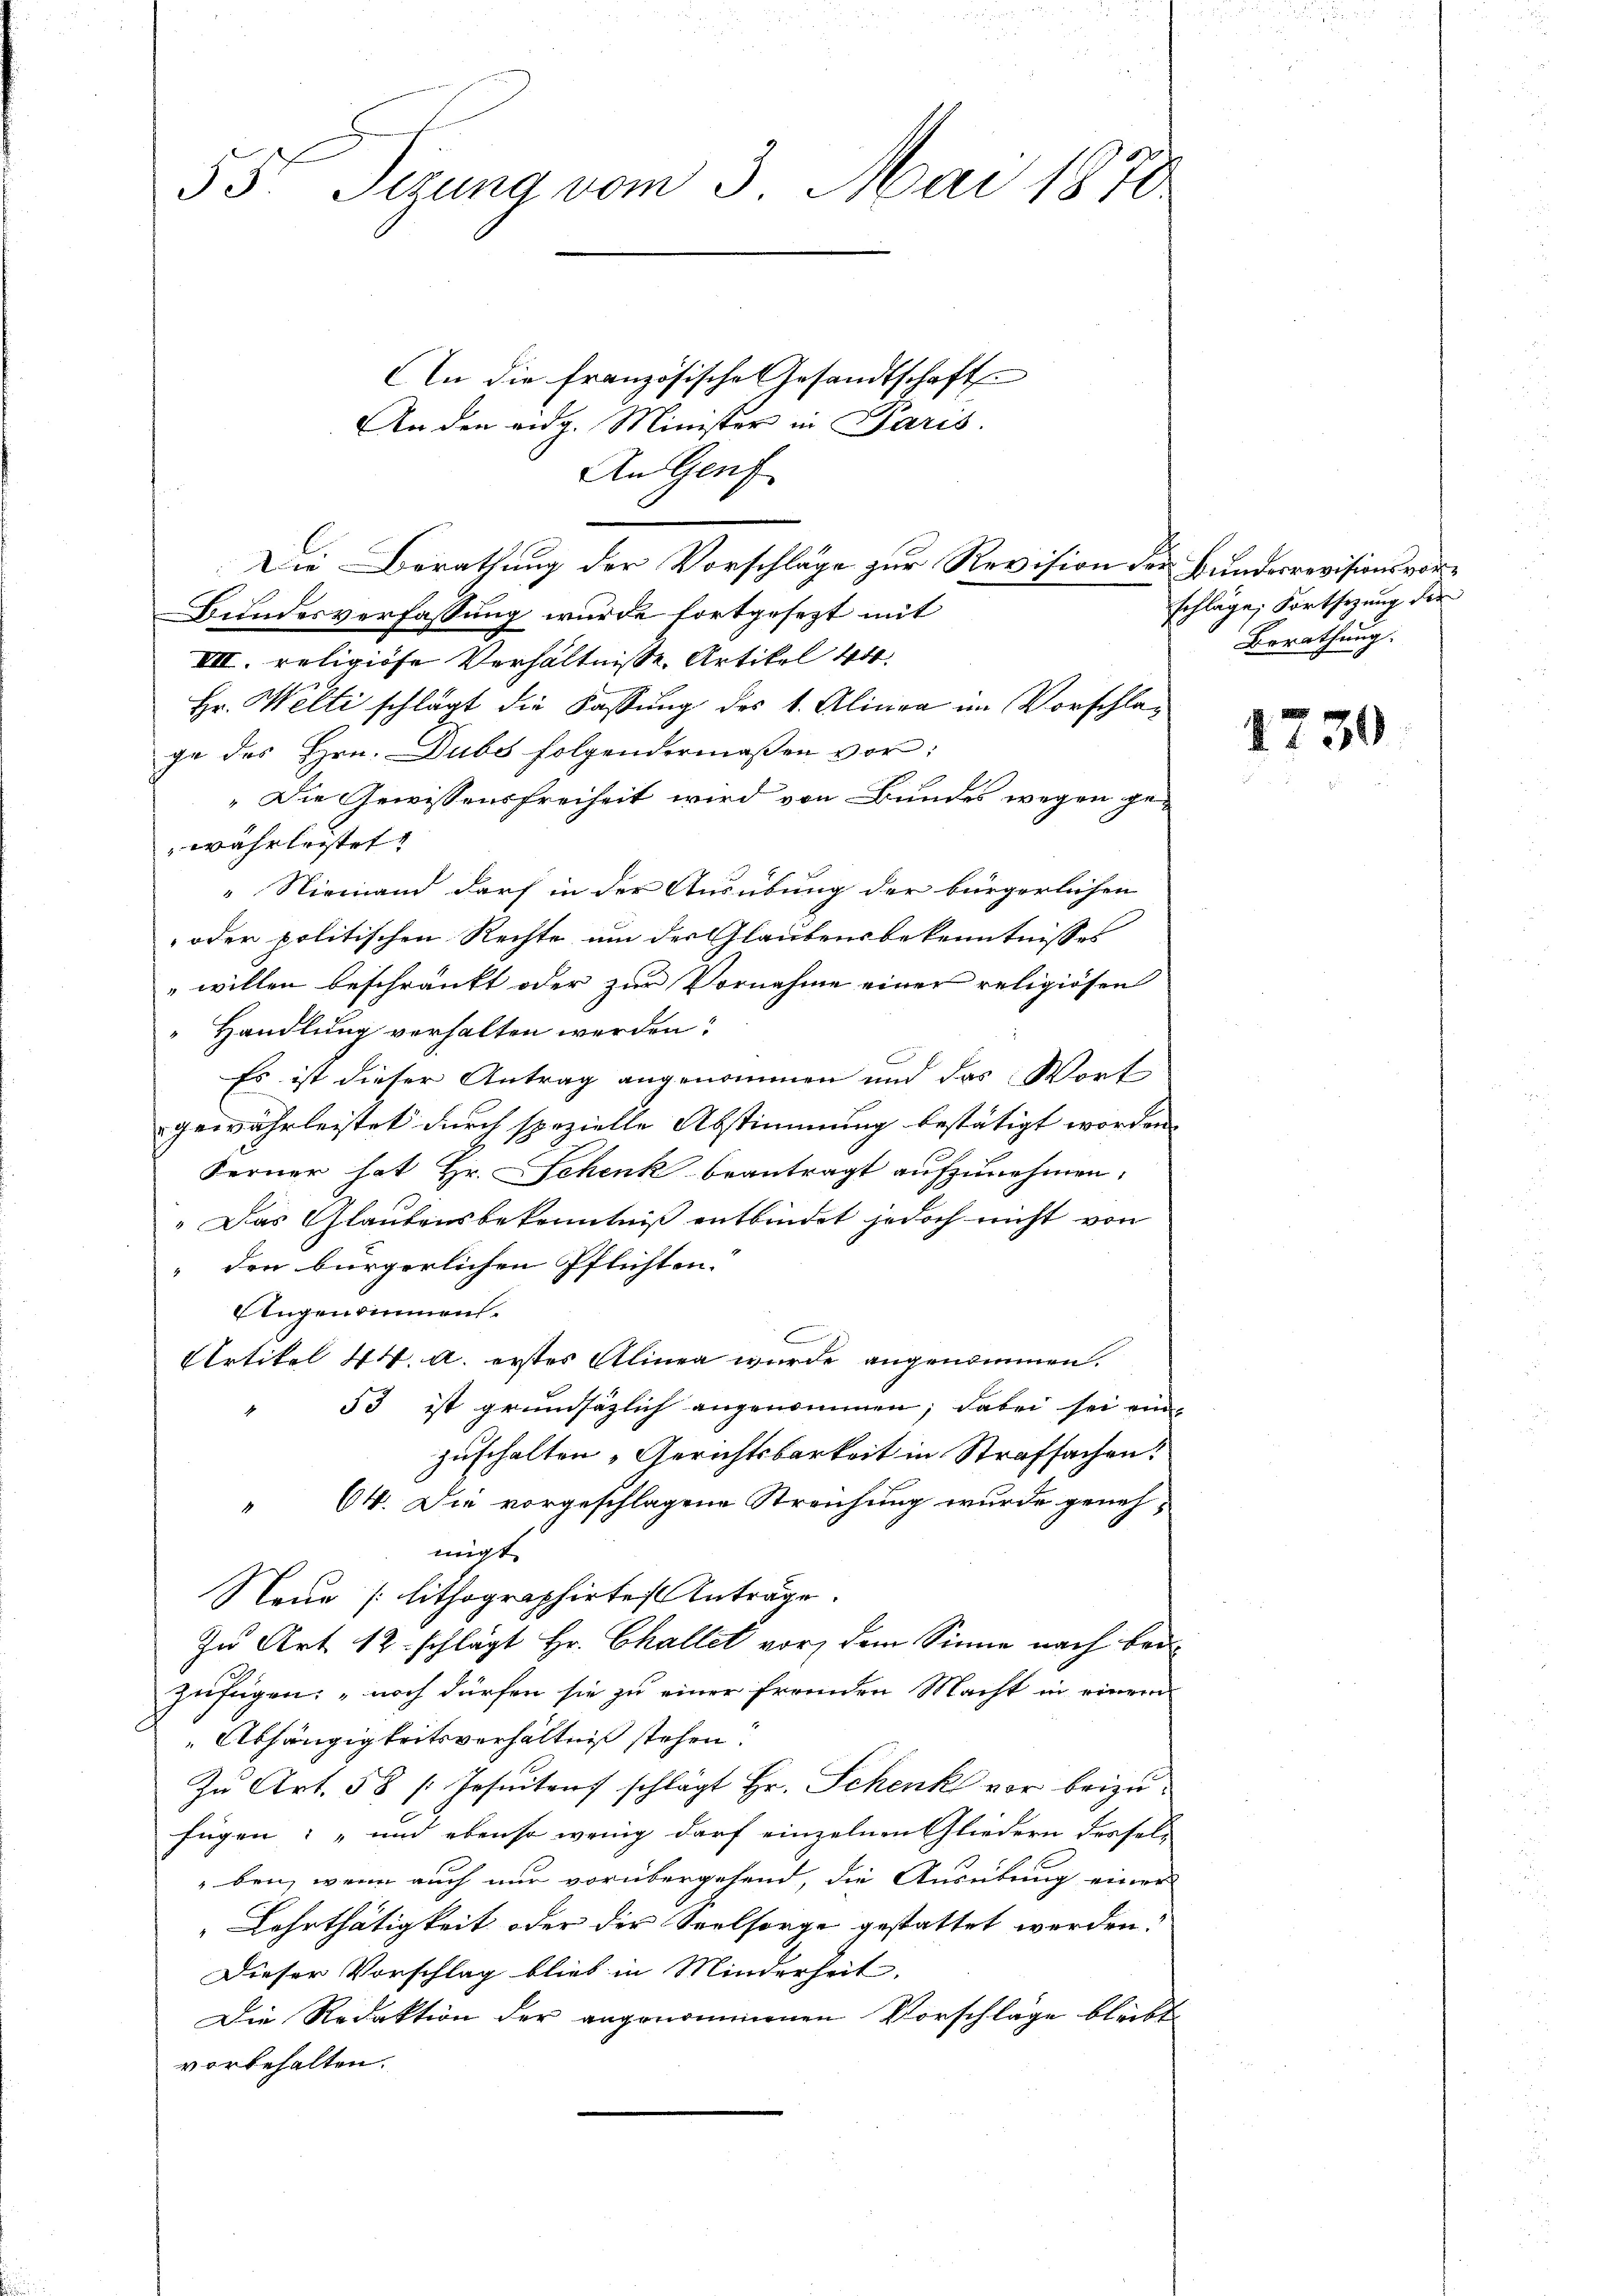
33. Sezung vom 3. Mai 1878

An die französische Gesandtschaft
An den eidg. Minister in Paris.
Bundesverfassung wurde fortgesezt mit
VII. religiöse Verhältnisse Artikel Art.
Hr. Welti schlägt die Fassung des 1. Alinea im Vorschlage des Hrn. Dubs folgendermaßen vor:
"Die Gewissensfreiheit wird von Bundes wegen ge-
währleistet
" Niemand darf in der Ausübung der bürgerlichen
oder politischen Rechte um der Glaubensbekenntnisses
willen beschränkt oder zur Vornahme einer religiösen
Handlung verhalten werden?
Es ist dieser Antrag angenommen und das Wort
gewährleistet durch spezielle Abstimmung bestätigt worden |
Ferner hat Hr. Schenk beantragt aufzunehmen,
„Das Glaubensbekenntniß entbindet jedoch nicht von
" den bürgerlichen Pflichten.
Augendinnen.
Artikel 44. A. erstes Alinen wurde angenommen.
53 ist grundsäzlich angenommen; dabei sei ein
zuschalten „Gerichtsbarkeit in Strafsachen?
 64. Die vorgeschlagene Streichung wurde geneh-
migt.
Neue (lithographirtes Anträge.
In Art 12. schlägt Hr. Challet vor, dem Sinne nach bei
zufügen; noch dürfen sie zu einer fremden Macht in einem
Abhängigkeitsverhältniß stehen.
Zŭ Art. 58 / Jesuitens schlägt Hr. Schenk vor beizufügen: „und ebenso wenig darf einzelnen Gliedern desselben, wenn auch nur vorübergehend, die Ausübung einer
Lehrthätigkeit oder der Seelsorge gestattet werden:
Dieser Vorschlag blieb in Minderheit.
Die Redaktion der angenommenen Vorschläge bleibe
vorbehalten.

An Genf
Die Berathung der Vorschläge zur Revision der Bundesrevisionsvor¬

schläge, Fortsetzung der
Berathung.

1730